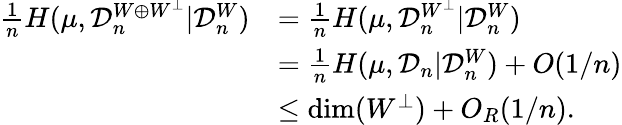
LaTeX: \begin{array}{rl}{\frac{1}{n}H(\mu,{\mathcal D}_{n}^{W\oplus W^{\perp}}|{\mathcal D}_{n}^{W})}&{=\frac{1}{n}H(\mu,{\mathcal D}_{n}^{W^{\perp}}|{\mathcal D}_{n}^{W})}\\ &{=\frac{1}{n}H(\mu,{\mathcal D}_{n}|{\mathcal D}_{n}^{W})+O(1/n)}\\ &{\leq\dim(W^{\perp})+O_{R}(1/n).}\end{array}